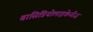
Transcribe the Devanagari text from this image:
बासिडियोलाइकेनीज़